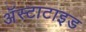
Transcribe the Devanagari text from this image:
अॅस्टाटाइड